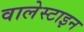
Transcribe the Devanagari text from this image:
वालेस्टाइन